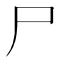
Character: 尸